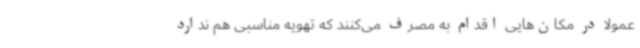
عمولاً در مکان‌هایی اقدام به مصرف می‌کنند که تهویه مناسبی هم ندارد